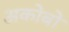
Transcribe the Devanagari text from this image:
अकोबो